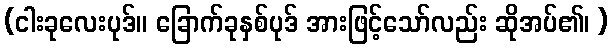
(ငါးခုလေးပုဒ်။ ခြောက်ခုနှစ်ပုဒ် အားဖြင့်သော်လည်း ဆိုအပ်၏၊ )